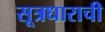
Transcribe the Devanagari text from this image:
सूत्रधाराची